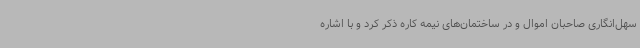
سهل‌انگاری صاحبان اموال و در ساختمان‌های نیمه کاره ذکر کرد و با اشاره